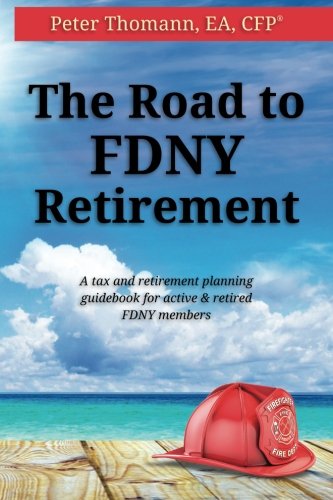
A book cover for The Road to FDNY Retirement: A tax & retirement planning guidebook for active and retired FDNY members; Peter Thomann; Business & Money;